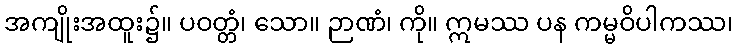
အကျိုးအထူး၌။ ပဝတ္တံ၊ သော။ ဉာဏံ၊ ကို။ ဣမဿ ပန ကမ္မဝိပါကဿ၊